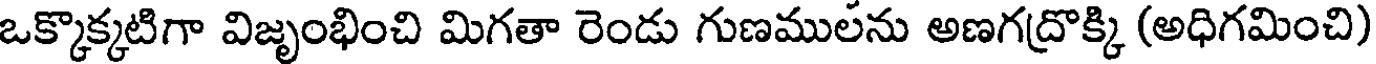
ఒక్కొక్కటిగా విజృంభించి మిగతా రెండు గుణములను అణగద్రొక్కి (అధిగమించి)